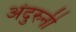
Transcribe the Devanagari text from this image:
अंदुरुनी